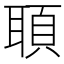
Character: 𦖦